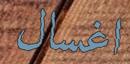
اغسال